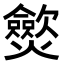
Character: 𤒡